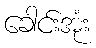
ခေါင်းအုံး